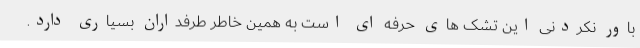
باور نکردنی این تشک های حرفه ای است به همین خاطر طرفداران بسیاری دارد.